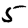
Digit: 5